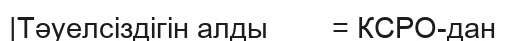
|Тәуелсіздігін алды        = КСРО-дан